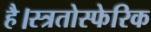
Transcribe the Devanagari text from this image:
है।स्त्रतोस्फेरिक